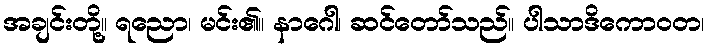
အချင်းတို့။ ရညော၊ မင်း၏။ နာဂေါ၊ ဆင်တော်သည်။ ပါသာဒိကောဝတ၊